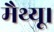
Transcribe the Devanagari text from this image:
मैथ्यू।